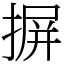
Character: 摒